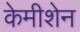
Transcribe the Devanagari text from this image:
केमीशेन